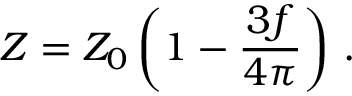
{ \cal Z } = { \cal Z } _ { 0 } \left( 1 - \frac { 3 f } { 4 \pi } \right) \, .